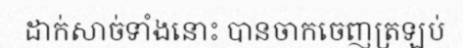
ដាក់សាច់ទាំងនោះ បានចាកចេញត្រឡប់